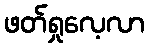
ဖတ်ရှုလေ့လာ